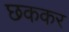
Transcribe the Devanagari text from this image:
छककर